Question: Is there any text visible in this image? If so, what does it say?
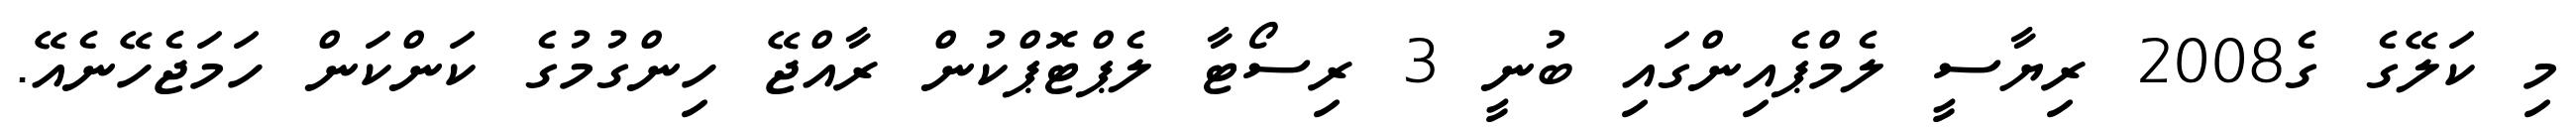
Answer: މި ކަލޭގެ ގެ2008 ރިޔާސީ ލެމްޕެއިންގައި ބުނީ 3 ރިސޯޓާ ލެޕްޓޮޕްކުން ރާއްޖޭ ހިންގުމުގެ ކަންކަން ހަމަޖެހޭނެއޭ.